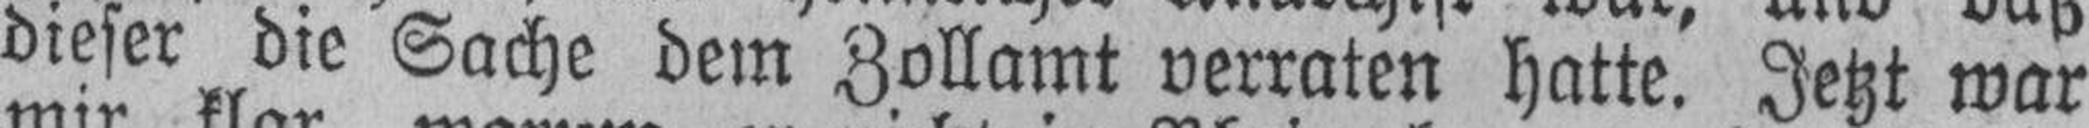
dieser die Sache dem Zollamt verraten hatte. Jetzt war